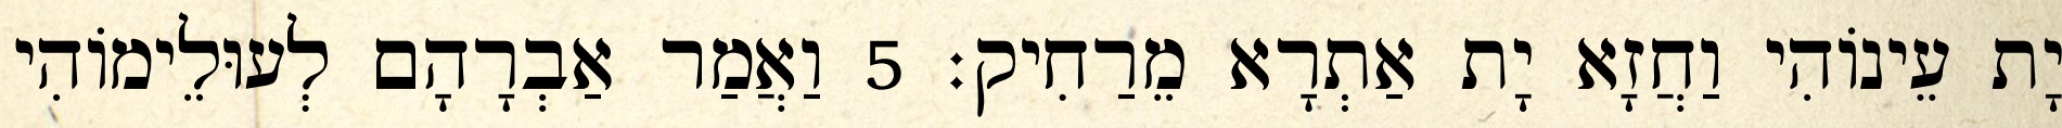
יָת עֵינוֹהִי וַחֲזָא יָת אַתְרָא מֵרַחִיק׃ 5 וַאֲמַר אַבְרָהָם לְעוּלֵימוֹהִי